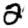
Digit: 2